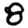
Digit: 8